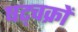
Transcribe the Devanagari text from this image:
षट्चक्रों